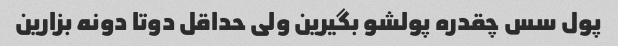
پول سس چقدره پولشو بگیرین ولی حداقل دوتا دونه بزارین